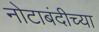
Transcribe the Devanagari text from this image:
नोटाबंदीच्या